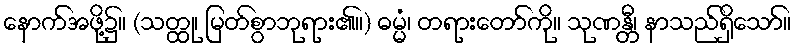
နောက်အဖို့၌။ (သတ္ထု၊ မြတ်စွာဘုရား၏။) ဓမ္မံ၊ တရားတော်ကို။ သုဏန္တီ၊ နာသည်ရှိသော်။